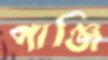
পাঞ্জি